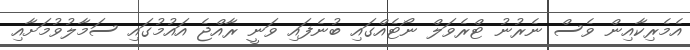
އެމެރިކާއިން ވެސް ނެރުނު ޓްރެވަލް ނޯޓެއްގައި ބުނެފައި ވަނީ ރާއްޖެ އައުމުގައި ސަމާލުވުމަށާއި